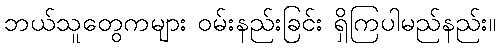
ဘယ်သူတွေကများ ဝမ်းနည်းခြင်း ရှိကြပါမည်နည်း။